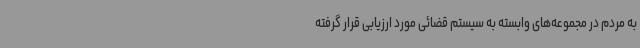
به مردم در مجموعه‌های وابسته به سیستم قضائی مورد ارزیابی قرار گرفته